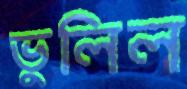
ভুলিল